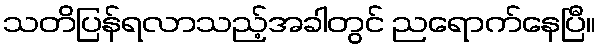
သတိပြန်ရလာသည့်အခါတွင် ညရောက်နေပြီ။